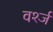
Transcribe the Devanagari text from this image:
वर्श्ज